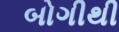
બોગીથી